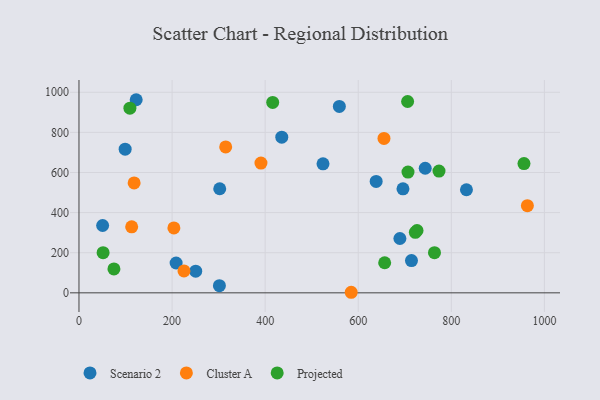
{"axis": {"x": "Engine Size", "y": "Sales"}, "legend": ["Cluster A", "Projected", "Scenario 2"], "data": [{"x": "832.5", "y": 514.0, "type": "Scenario 2"}, {"x": "559.4", "y": 929.4, "type": "Scenario 2"}, {"x": "122.9", "y": 962.8, "type": "Scenario 2"}, {"x": "524.3", "y": 643.1, "type": "Scenario 2"}, {"x": "50.8", "y": 335.7, "type": "Scenario 2"}, {"x": "301.7", "y": 35.9, "type": "Scenario 2"}, {"x": "99.2", "y": 716.3, "type": "Scenario 2"}, {"x": "302.4", "y": 518.9, "type": "Scenario 2"}, {"x": "696.1", "y": 518.7, "type": "Scenario 2"}, {"x": "638.5", "y": 555.5, "type": "Scenario 2"}, {"x": "743.9", "y": 621.2, "type": "Scenario 2"}, {"x": "714.4", "y": 160.8, "type": "Scenario 2"}, {"x": "435.7", "y": 776.1, "type": "Scenario 2"}, {"x": "208.7", "y": 148.7, "type": "Scenario 2"}, {"x": "250.8", "y": 107.8, "type": "Scenario 2"}, {"x": "689.5", "y": 270.8, "type": "Scenario 2"}, {"x": "584.9", "y": 2.8, "type": "Cluster A"}, {"x": "655.3", "y": 769.7, "type": "Cluster A"}, {"x": "315.2", "y": 727.6, "type": "Cluster A"}, {"x": "225.6", "y": 109.3, "type": "Cluster A"}, {"x": "118.5", "y": 548.0, "type": "Cluster A"}, {"x": "203.9", "y": 323.8, "type": "Cluster A"}, {"x": "963.4", "y": 434.4, "type": "Cluster A"}, {"x": "113.2", "y": 329.2, "type": "Cluster A"}, {"x": "391.0", "y": 646.8, "type": "Cluster A"}, {"x": "763.8", "y": 200.3, "type": "Projected"}, {"x": "726.3", "y": 310.8, "type": "Projected"}, {"x": "706.9", "y": 602.3, "type": "Projected"}, {"x": "656.8", "y": 149.9, "type": "Projected"}, {"x": "722.7", "y": 301.5, "type": "Projected"}, {"x": "956.1", "y": 644.4, "type": "Projected"}, {"x": "109.4", "y": 920.9, "type": "Projected"}, {"x": "773.5", "y": 606.9, "type": "Projected"}, {"x": "51.8", "y": 200.3, "type": "Projected"}, {"x": "706.1", "y": 954.0, "type": "Projected"}, {"x": "416.2", "y": 949.5, "type": "Projected"}, {"x": "75.1", "y": 119.3, "type": "Projected"}]}